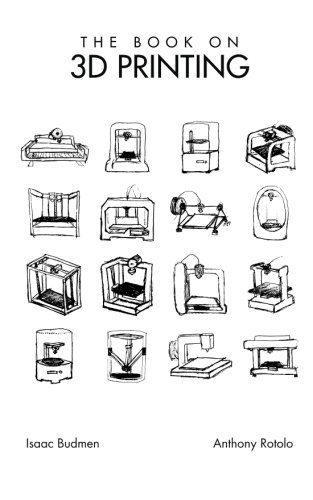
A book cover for The Book on 3D Printing; Isaac Budmen; Computers & Technology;